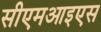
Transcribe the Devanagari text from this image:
सीएमआइएस